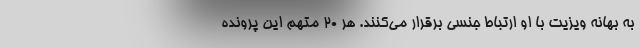
به بهانه ویزیت با او ارتباط جنسی برقرار می‌کنند. هر ۲۰ متهم این پرونده